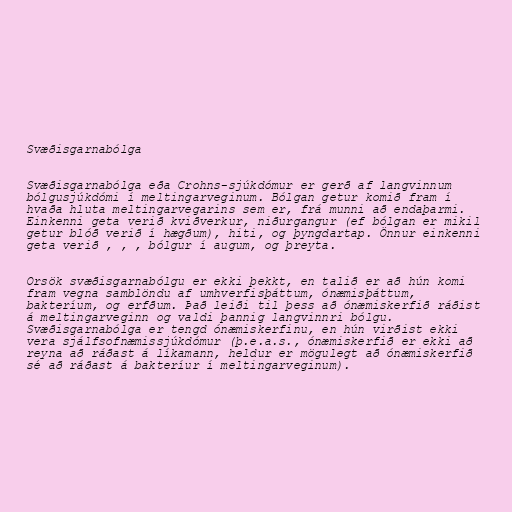
Svæðisgarnabólga

Svæðisgarnabólga eða Crohns-sjúkdómur er gerð af langvinnum
bólgusjúkdómi í meltingarveginum. Bólgan getur komið fram í
hvaða hluta meltingarvegarins sem er, frá munni að endaþarmi.
Einkenni geta verið kviðverkur, niðurgangur (ef bólgan er mikil
getur blóð verið í hægðum), hiti, og þyngdartap. Önnur einkenni
geta verið , , , bólgur í augum, og þreyta.

Orsök svæðisgarnabólgu er ekki þekkt, en talið er að hún komi
fram vegna samblöndu af umhverfisþáttum, ónæmisþáttum,
bakteríum, og erfðum. Það leiði til þess að ónæmiskerfið ráðist
á meltingarveginn og valdi þannig langvinnri bólgu.
Svæðisgarnabólga er tengd ónæmiskerfinu, en hún virðist ekki
vera sjálfsofnæmissjúkdómur (þ.e.a.s., ónæmiskerfið er ekki að
reyna að ráðast á líkamann, heldur er mögulegt að ónæmiskerfið
sé að ráðast á bakteríur í meltingarveginum).